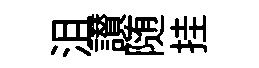
沮讃随挂